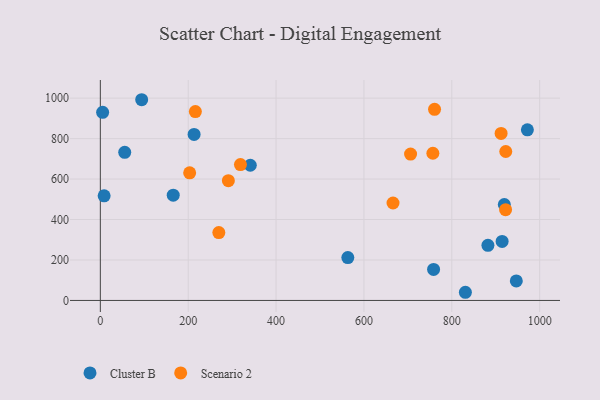
{"axis": {"x": "Investment", "y": "Rating"}, "legend": ["Cluster B", "Scenario 2"], "data": [{"x": "882.2", "y": 272.7, "type": "Cluster B"}, {"x": "919.5", "y": 474.2, "type": "Cluster B"}, {"x": "563.3", "y": 212.0, "type": "Cluster B"}, {"x": "341.3", "y": 668.2, "type": "Cluster B"}, {"x": "946.8", "y": 96.4, "type": "Cluster B"}, {"x": "213.4", "y": 820.8, "type": "Cluster B"}, {"x": "5.2", "y": 930.1, "type": "Cluster B"}, {"x": "914.5", "y": 291.8, "type": "Cluster B"}, {"x": "94.1", "y": 992.2, "type": "Cluster B"}, {"x": "165.9", "y": 520.6, "type": "Cluster B"}, {"x": "8.6", "y": 517.4, "type": "Cluster B"}, {"x": "830.9", "y": 40.4, "type": "Cluster B"}, {"x": "972.0", "y": 843.3, "type": "Cluster B"}, {"x": "758.5", "y": 153.5, "type": "Cluster B"}, {"x": "55.5", "y": 732.2, "type": "Cluster B"}, {"x": "216.3", "y": 933.5, "type": "Scenario 2"}, {"x": "318.9", "y": 671.7, "type": "Scenario 2"}, {"x": "666.2", "y": 481.8, "type": "Scenario 2"}, {"x": "912.2", "y": 825.7, "type": "Scenario 2"}, {"x": "756.9", "y": 727.7, "type": "Scenario 2"}, {"x": "760.7", "y": 944.8, "type": "Scenario 2"}, {"x": "922.8", "y": 736.2, "type": "Scenario 2"}, {"x": "269.7", "y": 335.3, "type": "Scenario 2"}, {"x": "706.1", "y": 723.7, "type": "Scenario 2"}, {"x": "291.4", "y": 592.3, "type": "Scenario 2"}, {"x": "203.3", "y": 631.1, "type": "Scenario 2"}, {"x": "922.4", "y": 448.5, "type": "Scenario 2"}]}